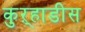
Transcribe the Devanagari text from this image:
कुऱ्हाडीस